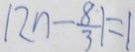
1 2 n - \frac { 8 } { 3 } 1 = 1